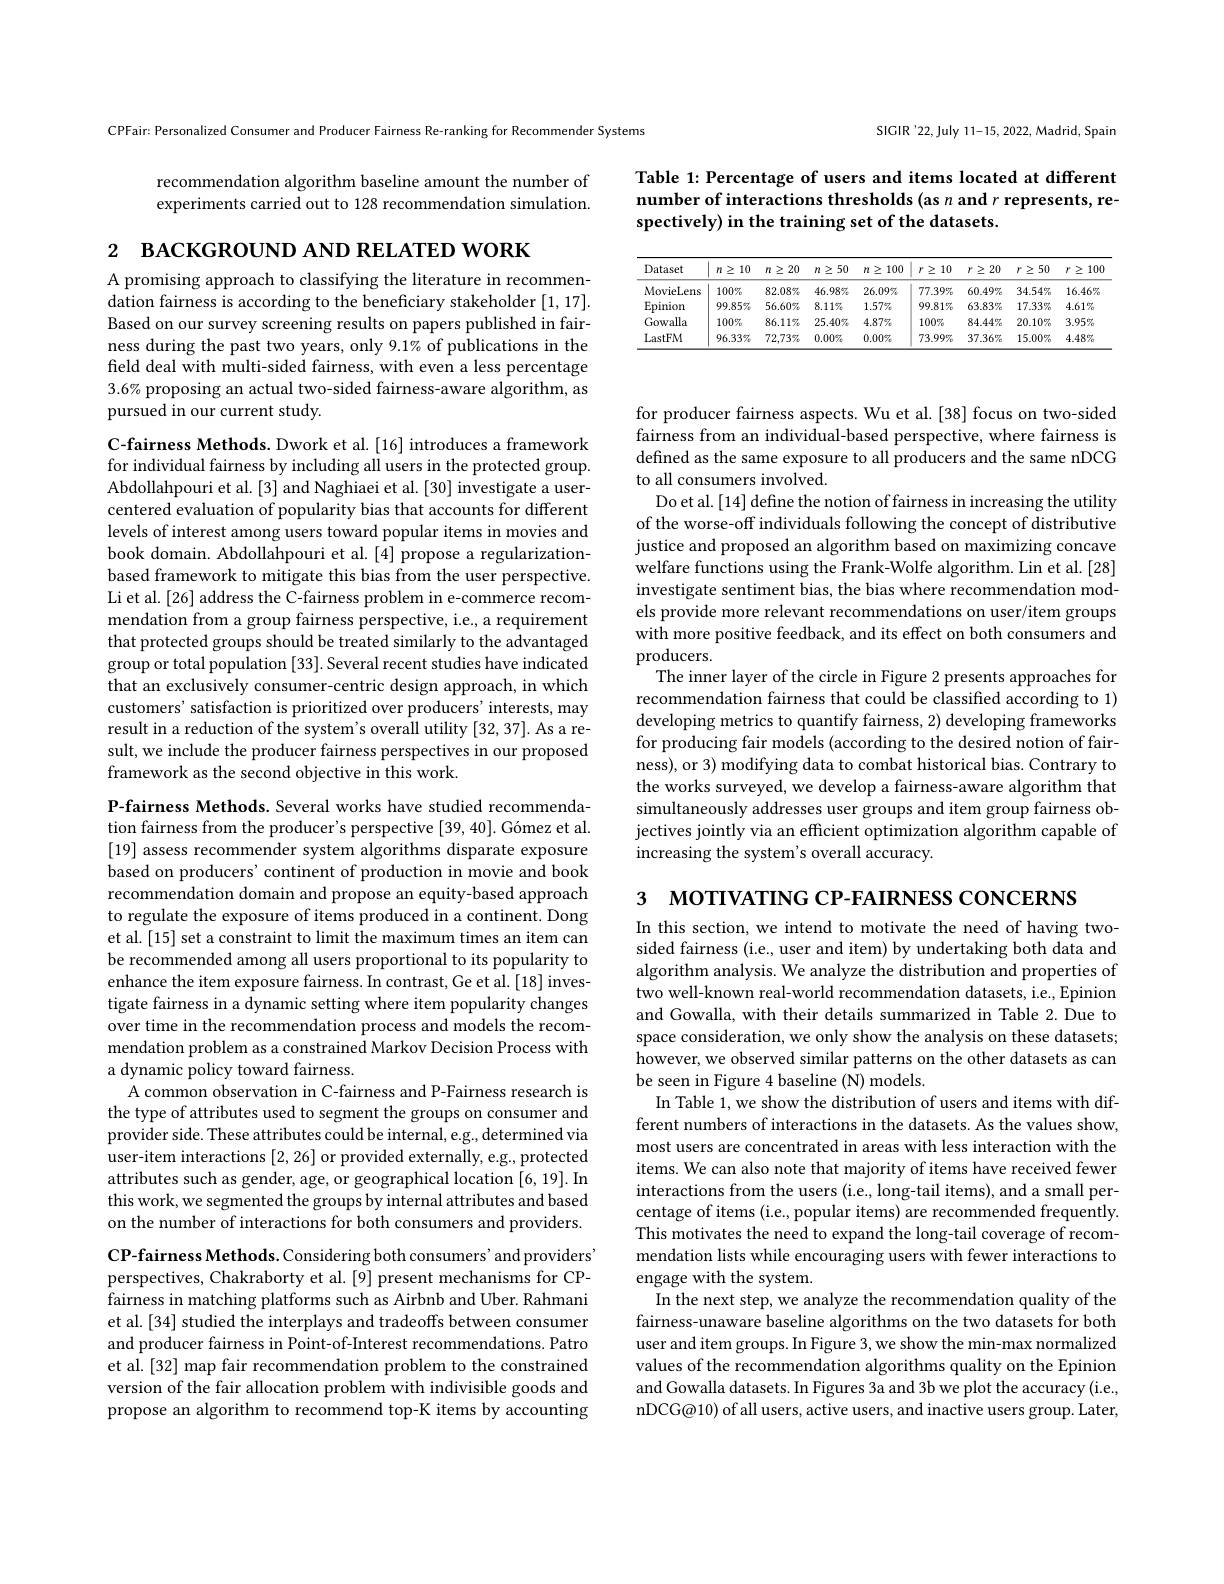
CPFair: Personalized Consumer and Producer Fairness Re-ranking for Recommender Systems

recommendation algorithm baseline amount the number of experiments carried out to 128 recommendation simulation.

2 вАСКGROUND AND RELATED WORK

A promising approach to classifying the literature in recommendation fairness is according to the beneficiary stakeholder [1,17]. Based on our survey screening results on papers published in fairness during the past two years, only 9.1% of publications in the field deal with multi-sided fairness, with even a less percentage 3.6% proposing an actual two-sided fairness-aware algorithm, as pursued in our current study.

C-fairness Methods. Dwork et al. [16] introduces a framework for individual fairness by including all users in the protected group. Abdollahpouri et al.[3] and Naghiaei et al.[30] investigate a usercentered evaluation of popularity bias that accounts for different levels of interest among users toward popular items in movies and book domain. Abdollahpouri et al. [4] propose a regularizationbased framework to mitigate this bias from the user perspective. Li et al.[26] address the C-fairness problem in e-commerce recommendation from a group fairness perspective, i.e., a requirement that protected groups should be treated similarly to the advantaged group or total population [33]. Several recent studies have indicated that an exclusively consumer-centric design approach, in which customers' satisfaction is prioritized over producers' interests, may result in a reduction of the system's overall utility [32,37]. As a result, we include the producer fairness perspectives in our proposed framework as the second objective in this work.

P-fairness Methods. Several works have studied recommendation fairness from the producer's perspective [39, 40]. Gómez et al. [19] assess recommender system algorithms disparate exposure based on producers' continent of production in movie and book recommendation domain and propose an equity-based approach to regulate the exposure of items produced in a continent. Dong et al.[15] set a constraint to limit the maximum times an item can be recommended among all users proportional to its popularity to enhance the item exposure fairness. In contrast, Ge et al. [18] investigate fairness in a dynamic setting where item popularity changes over time in the recommendation process and models the recommendation problem as a constrained Markov Decision Process with a dynamic policy toward fairness.
A common observation in C-fairness and P-Fairness research is the type of attributes used to segment the groups on consumer and provider side. These attributes could be internal, e.g., determined via user-item interactions [2,26] or provided externally, e.g., protected attributes such as gender, age, or geographical location [6, 19]. In this work, we segmented the groups by internal attributes and based on the number of interactions for both consumers and providers. CP-fairness Methods. Considering both consumers' and providers' perspectives, Chakraborty et al.[9] present mechanisms for CPfairness in matching platforms such as Airbnb and Uber. Rahmani et al.[34] studied the interplays and tradeoffs between consumer and producer fairness in Point-of-Interest recommendations. Patro et al.[32] map fair recommendation problem to the constrained version of the fair allocation problem with indivisible goods and propose an algorithm to recommend top-K items by accounting

SIGIR'22,July 11-15,2022, Madrid, Spain

## Table 1: Percentage of users and items located at different number of interactions thresholds (as n and r represents, respectively) in the training set of the datasets.

<table>
	<tbody>
		<tr>
			<th>Dataset</th>
			<th>10 $n$ $\geq$</th>
			<th>20 $n$ $\geq$</th>
			<th>50 $n$ 之</th>
			<th>100 $n\geq$</th>
			<th>10 $r$ $\geq$</th>
			<th>20 $r$ 之</th>
			<th>50 $r$ 之</th>
			<th>$10C$ $\geq$ $r$</th>
		</tr>
		<tr>
			<td>MovieLens</td>
			<td>$100\%$</td>
			<td>$82.08\%$</td>
			<td>$46.98\%$</td>
			<td>$26.09\%$</td>
			<td>$77.39\%$</td>
			<td>$60.49\%$</td>
			<td>$34.54\%$</td>
			<td>$16.46\%$</td>
		</tr>
		<tr>
			<td>Epinion</td>
			<td>$99.85\%$</td>
			<td>$56.60\%$</td>
			<td>$8.11\%$</td>
			<td>$1.57\%$</td>
			<td>$99.81\%$</td>
			<td>$63.83\%$</td>
			<td>$17.33\%$</td>
			<td>$4.61\%$</td>
		</tr>
		<tr>
			<td>Gowalla</td>
			<td>$100\%$</td>
			<td>$86.11\%$</td>
			<td>$25.40\%$</td>
			<td>$4.87\%$</td>
			<td>$100\%$</td>
			<td>$84.44\%$</td>
			<td>$20.10\%$</td>
			<td>$3.95\%$</td>
		</tr>
		<tr>
			<td>LastFM</td>
			<td>$96.33\%$</td>
			<td>$72,73\%$</td>
			<td>$0.00\%$</td>
			<td>$0.00\%$</td>
			<td>$73.99\%$</td>
			<td>$37.36\%$</td>
			<td>$15.00\%$</td>
			<td>$4.48\%$</td>
		</tr>
	</tbody>
</table>

for producer fairness aspects. Wu et al.[38] focus on two-sided fairness from an individual-based perspective, where fairness is defined as the same exposure to all producers and the same nDCG to all consumers involved.
Do et al. [14] define the notion of fairness in increasing the utility of the worse-off individuals following the concept of distributive justice and proposed an algorithm based on maximizing concave welfare functions using the Frank-Wolfe algorithm. Lin et al.[28] investigate sentiment bias, the bias where recommendation models provide more relevant recommendations on user/item groups with more positive feedback, and its effect on both consumers and producers.
The inner layer of the circle in Figure 2 presents approaches for recommendation fairness that could be classified according to 1) developing metrics to quantify fairness, 2) developing frameworks for producing fair models (according to the desired notion of fairness), or 3) modifying data to combat historical bias. Contrary to the works surveyed, we develop a fairness-aware algorithm that simultaneously addresses user groups and item group fairness objectives jointly via an efficient optimization algorithm capable of increasing the system's overall accuracy.

3 мотIVATING CP-FAIRNESS CONCERNS

In this section, we intend to motivate the need of having twosided fairness (i.e., user and item) by undertaking both data and algorithm analysis. We analyze the distribution and properties of two well-known real-world recommendation datasets, i.e., Epinion and Gowalla, with their details summarized in Table 2. Due to space consideration, we only show the analysis on these datasets; however, we observed similar patterns on the other datasets as can be seen in Figure 4 baseline (N) models.
In Table 1, we show the distribution of users and items with different numbers of interactions in the datasets. As the values show, most users are concentrated in areas with less interaction with the items. We can also note that majority of items have received fewer interactions from the users (i.e., long-tail items), and a small percentage of items (i.e., popular items) are recommended frequently. This motivates the need to expand the long-tail coverage of recommendation lists while encouraging users with fewer interactions to engage with the system.
In the next step, we analyze the recommendation quality of the fairness-unaware baseline algorithms on the two datasets for both user and item groups. In Figure 3, we show the min-max normalized values of the recommendation algorithms quality on the Epinion and Gowalla datasets. In Figures 3a and 3b we plot the accuracy (i.e., nDCG@10) of all users, active users, and inactive users group. Later,